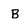
Character: B